Enquiry on enteric fever in India - Number 32
Disease focus: Fever
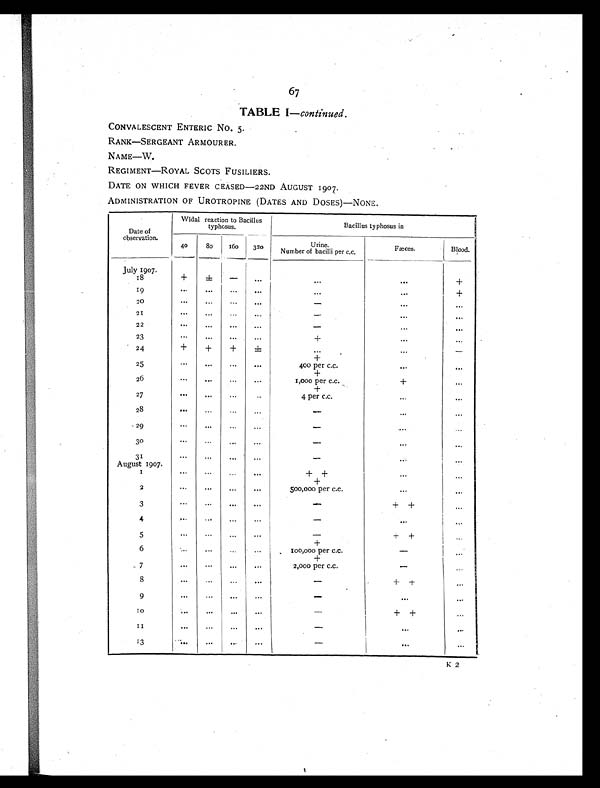
67
TABLE I— continued.
CONVALESCENT ENTERIC NO. 5.
RANK—SERGEANT ARMOUR ER.
NAME—W.
REGIMENT—ROYAL SCOTS FUSILIERS.
DATE ON WHICH FEVER CEASED—22ND AUGUST 1907.
ADMINISTRATION OF UROTROPINE (DATES AND DOSES)—NONE.
Date of
observation.
Widal reaction to Bacillus
typhosus.
Bacillus typhosus in
40
80
160 320
Urine.
Number of bacilli per c.c.
Fæces.
Blood.
July 1907.
18
+ ±
- ...
. . . . . .
+
19
. . .
. . .
. . .
. . .
. . . . . .
+
20
. . . ...
. . .
. . .
- . . .
...
21
. . . ...
. . .
...
-
. . .
...
22
. . .
. . .
. . .
. . .
- . . .
. . .
23
. . .
. . .
. . . ...
+
...
. . .
24
+
+
+ ±
. . .
. . .
-
+
25
. . . ...
. . .
. . .
400 per c.c.
. . .
. . .
+
26
. . . ...
...
. . .
1,000 per c.c.
+
. . .
+
27
. . .
. . . ... ...
4 per c.c.
. . .
. . .
28
...
. . .
. . .
...
-
. . .
...
29
. . .
. . . ...
. . .
-
. . .
. . .
30
. . .
. . . ...
...
- . . .
. . .
31
. . .
. . .
. . .
. . .
-
. . . ...
August 1907.
1
. . .
. . .
. . .
. . .
+ +
. . .
. . .
+
2
. . .
...
. . .
...
500,000 per c.c.
. . .
. . .
3
. . .
. . . ......
-
+ +
. . .
4
. . . ...
...
. . .
-
. . . . . .
5
. . .
. . .
. . .
. . .
-
+ +
...
+
6
. . .
. . .
. . .
. . . 100,000 per c.c.
- . . .
+
7
. . .
. . .
. . .
...
2,000 per c.c.
- . . .
8
. . . ...
. . .
. . .
-
+ +
...
9
. . .
...
... ...
-
. . . . . .
10
. . .
. . .
...
. . .
-
+ +
. . .
11
. . .
. . .
. . .
...
-
. . . . . .
13
. . . . . .
. . .
...
-
...
. . .
K 2